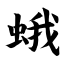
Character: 蛾